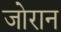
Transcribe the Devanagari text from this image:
जोरान